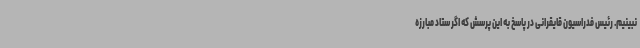
نبینیم. رئیس فدراسیون قایقرانی در پاسخ به این پرسش که اگر ستاد مبارزه